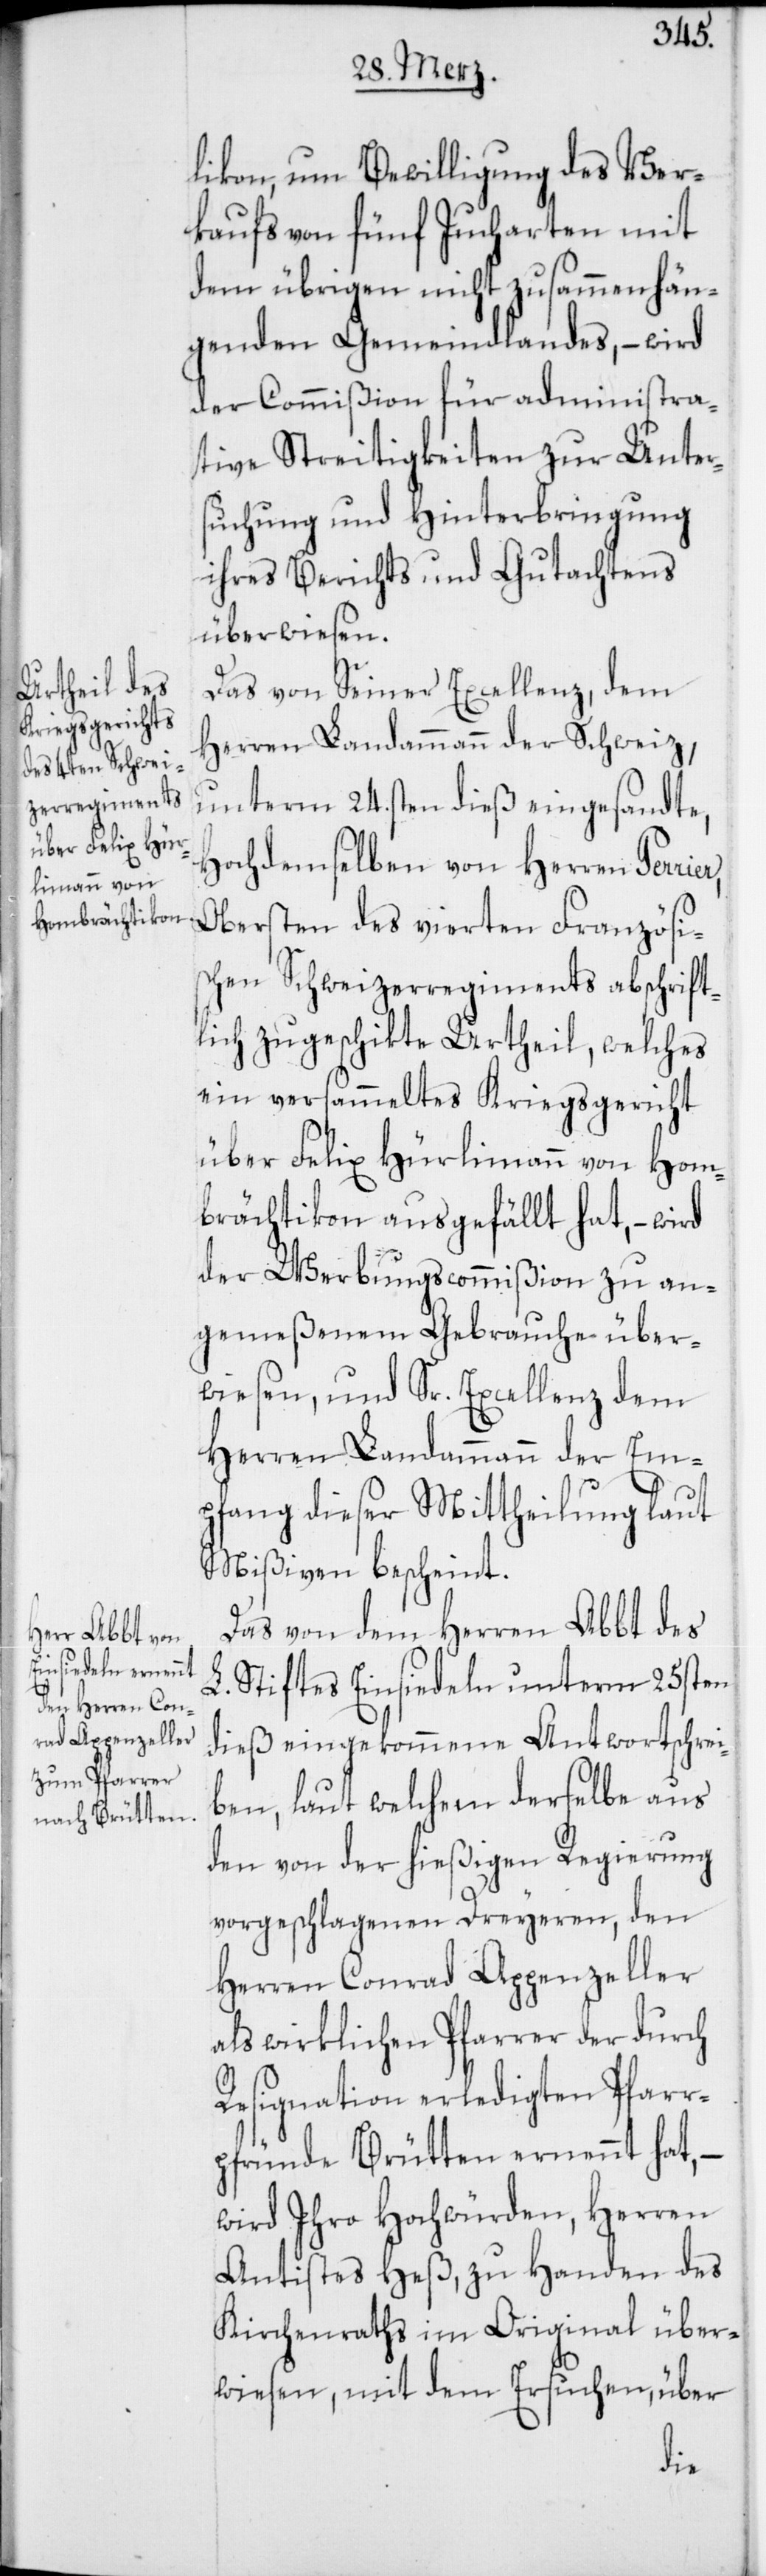
likon, um Bewilligung des Ver¬
kaufs von fünf Jucharten mit
dem übrigen nicht zusammenhän¬
genden Gemeindlandes, – wird
der Commißion für administra¬
tive Streitigkeiten zur Unter¬
suchung und Hinterbringung
ihres Berichts und Gutachtens
überwiesen.
Das von Seiner Excellenz, dem
Herren Landammann der Schweiz,
unterm 24sten dieß eingesandte,
hochdemselben von Herren Pe¬
rrier, Obersten des vierten Französi¬
schen Schweizerregiments abschrift¬
lich zugeschikte Urtheil, welches
ein versammeltes Kriegsgericht
über Felix Hürlimann von Hom¬
brächtikon ausgefällt hat, – wird
der Werbungscommißion zu an¬
gemeßenem Gebrauche über¬
wiesen, und Sr. Excellenz dem
Herren Landammann der Em¬
pfang dieser Mittheilung laut
Mißiven bescheint.
Das von dem Herren Abbt des
L. Stiftes Einsiedeln unterm 25sten
dieß eingekommene Antwortschrei¬
ben, laut welchem derselbe aus
den von der hießigen Regierung
vorgeschlagenen Dreyeren, den
Herren Conrad Appenzeller
als wirklichen Pfarrer der durch
Resignaton erledigten Pfarr¬
pfründe Brütten ernennt hat,
wird Ihro Hochwürden, Herren
Antistes Heß, zu Handen des
Kirchenraths im Original über¬
wiesen, mit dem Ersuchen, über